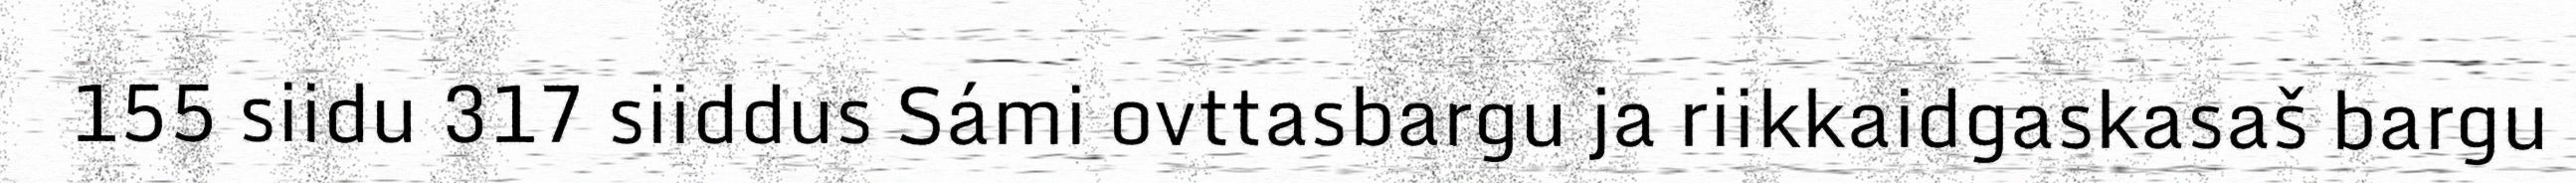
155 siidu 317 siiddus Sámi ovttasbargu ja riikkaidgaskasaš bargu